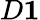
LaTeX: D\le 1